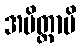
အမိတ္တာပိ